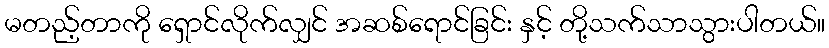
မတည့်တာကို ရှောင်လိုက်လျှင် အဆစ်ရောင်ခြင်း နှင့် တို့သက်သာသွားပါတယ်။